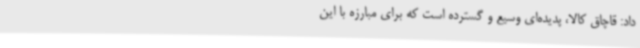
داد: قاچاق کالا، پدیده‌ای وسیع و گسترده است که برای مبارزه با این